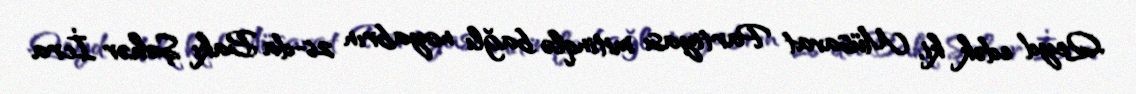
Qeyd edək ki, Müsavat Partiyası mitinqlə bağlı noyabrın 26-da Bakı Şəhər İcra